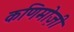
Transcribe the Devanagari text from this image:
कणिमोज़ी